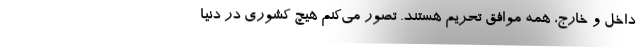
داخل و خارج، همه موافق تحریم هستند. تصور می‌کنم هیچ کشوری در دنیا